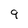
Character: 9